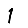
Digit: 1